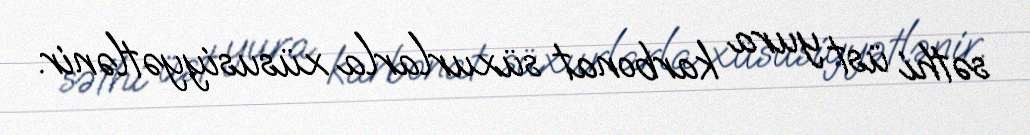
səthi üst yura karbonat süxurlarla xüsusiyyətlənir.